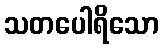
သတပေါရိသော